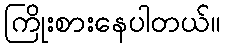
ကြိုးစားနေပါတယ်။